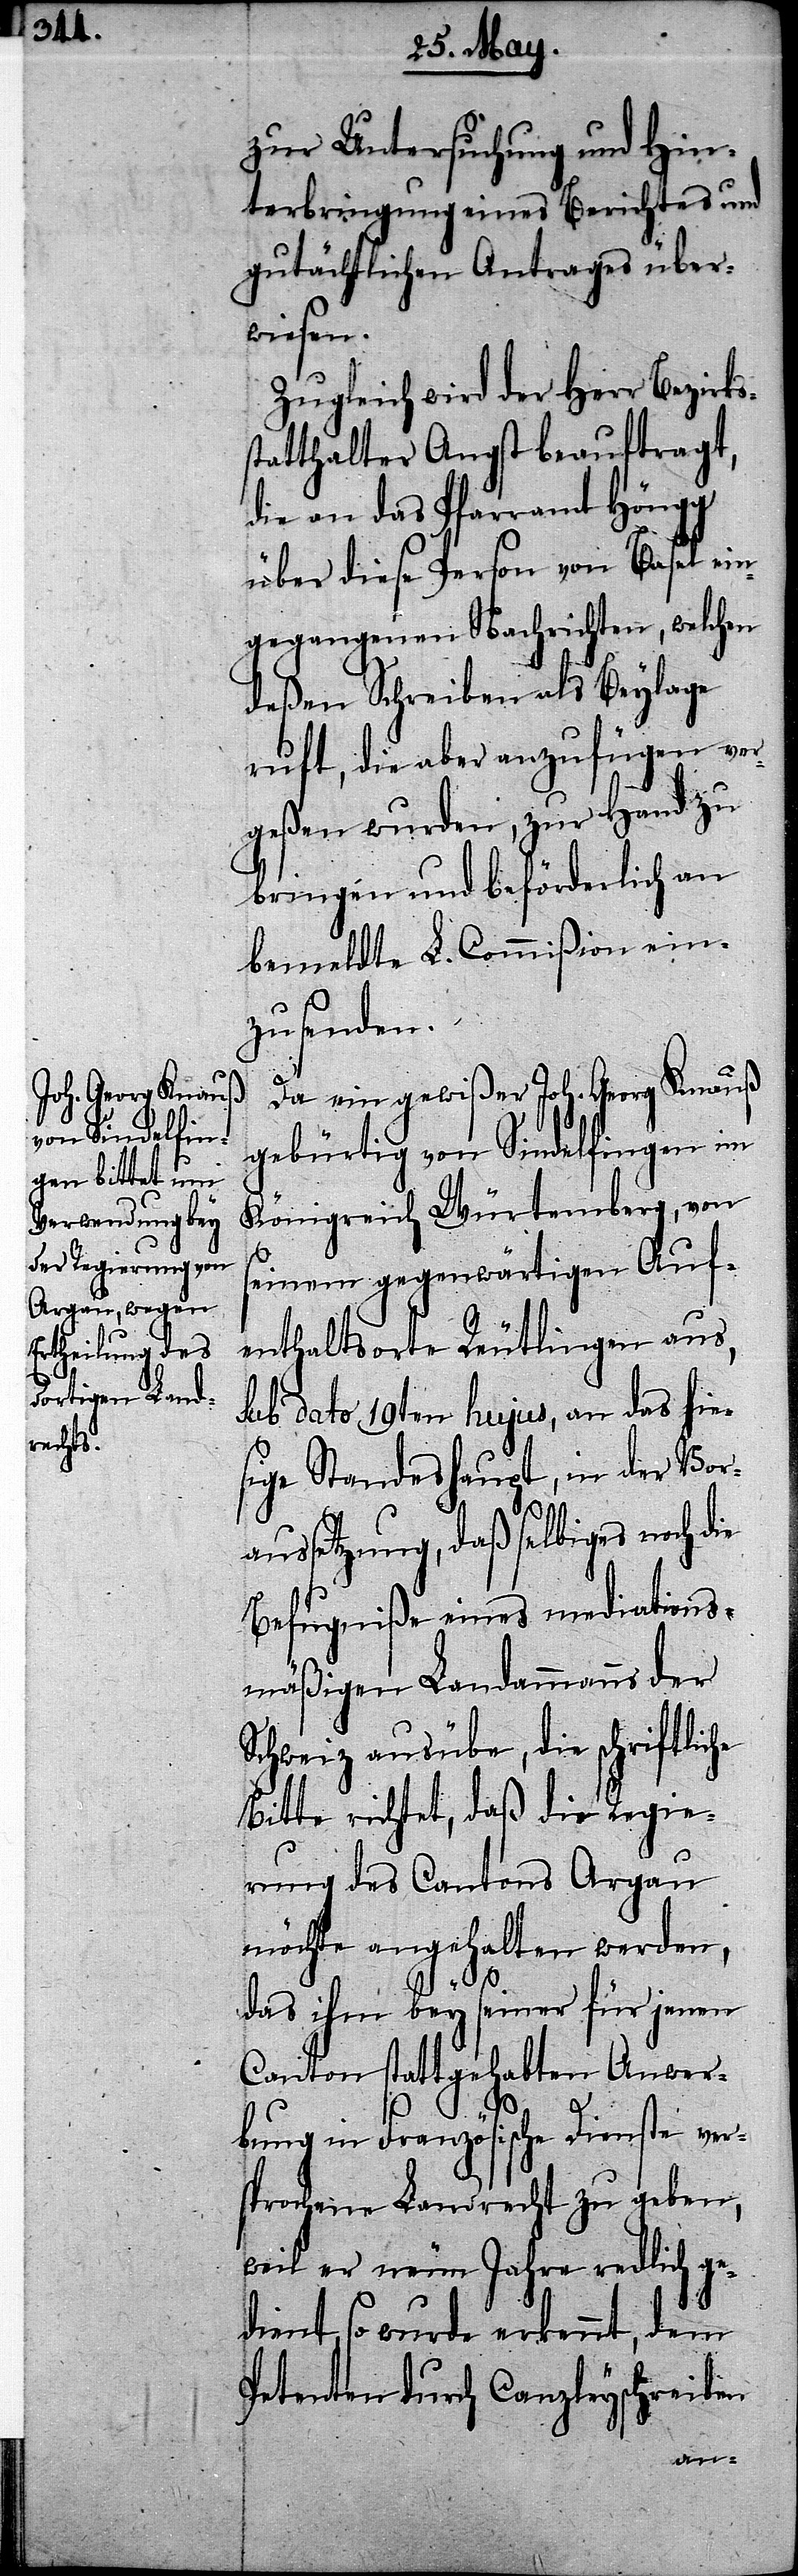
zur Untersuchung und Hin¬
terbringung eines Berichtes und
gutächtlichen Antrages über¬
wiesen.
Zugleich wird der Herr Bezirks¬
statthalter Angst beauftragt,
die an das Pfarramt Höngg
über diese Person von Basel ein¬
gegangenen Nachrichten, welchen
deßen Schreiben als Beylage
ruft, die aber anzufügen ver¬
geßen wurden, zur Hand zu
bringen und beförderlich an
zusenden.
Da ein gewißer Joh. Georg Knauß
gebürtig von Sindelfingen im
Königreich Würtemberg, von
seinem gegenwärtigen Auf¬
enthaltsorte Reutlingen aus,
sub dato 19ten hujus, an das hie¬
sige Standeshaupt, in der Vor¬
aussetzung, daß selbiges noch die
Befugniße eines mediations¬
mäßigen Landammanns der
Schweiz ausübe, die schriftliche
Bitte richtet, daß die Regie¬
rung des Cantons Argau
möchte angehalten werden,
das ihm bey seiner für jenen
Canton stattgehabten Anwer¬
L.
bung in Französische Dienste ver¬
sprochene Landrecht zu geben,
weil er neun Jahre redlich ge¬
dient, so wurde erkennt, dem
Petenten durch Canzleyschreiben
ein¬